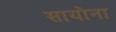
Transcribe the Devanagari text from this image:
सायोना